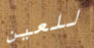
للعين